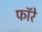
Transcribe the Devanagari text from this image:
फॉरे